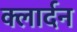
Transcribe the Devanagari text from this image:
क्लार्दन